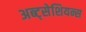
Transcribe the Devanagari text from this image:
अब्ट्सेशियन्स